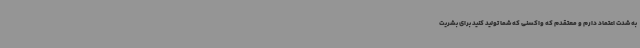
به شدت اعتماد دارم و معتقدم که واکسنی که شما تولید کنید برای بشریت